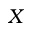
X